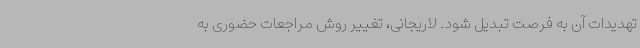
تهدیدات آن به فرصت تبدیل شود. لاریجانی، تغییر روش مراجعات حضوری به